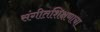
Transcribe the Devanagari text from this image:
संगीतशिक्षणाचा